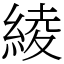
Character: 綾